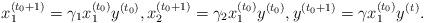
LaTeX: \begin{align*}x_{1}^{\left(t_{0}+1\right)}=\gamma_{1}x_{1}^{\left(t_{0}\right)}y^{\left(t_{0}\right)},x_{2}^{\left(t_{0}+1\right)}=\gamma_{2}x_{1}^{\left(t_{0}\right)}y^{\left(t_{0}\right)},y^{\left(t_{0}+1\right)}=\gamma x_{1}^{\left(t_{0}\right)}y^{\left(t_{}\right)}.\end{align*}